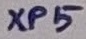
Text: R15